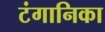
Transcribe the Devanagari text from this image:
टंगानिका